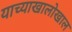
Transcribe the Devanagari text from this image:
याच्याखालोखाल